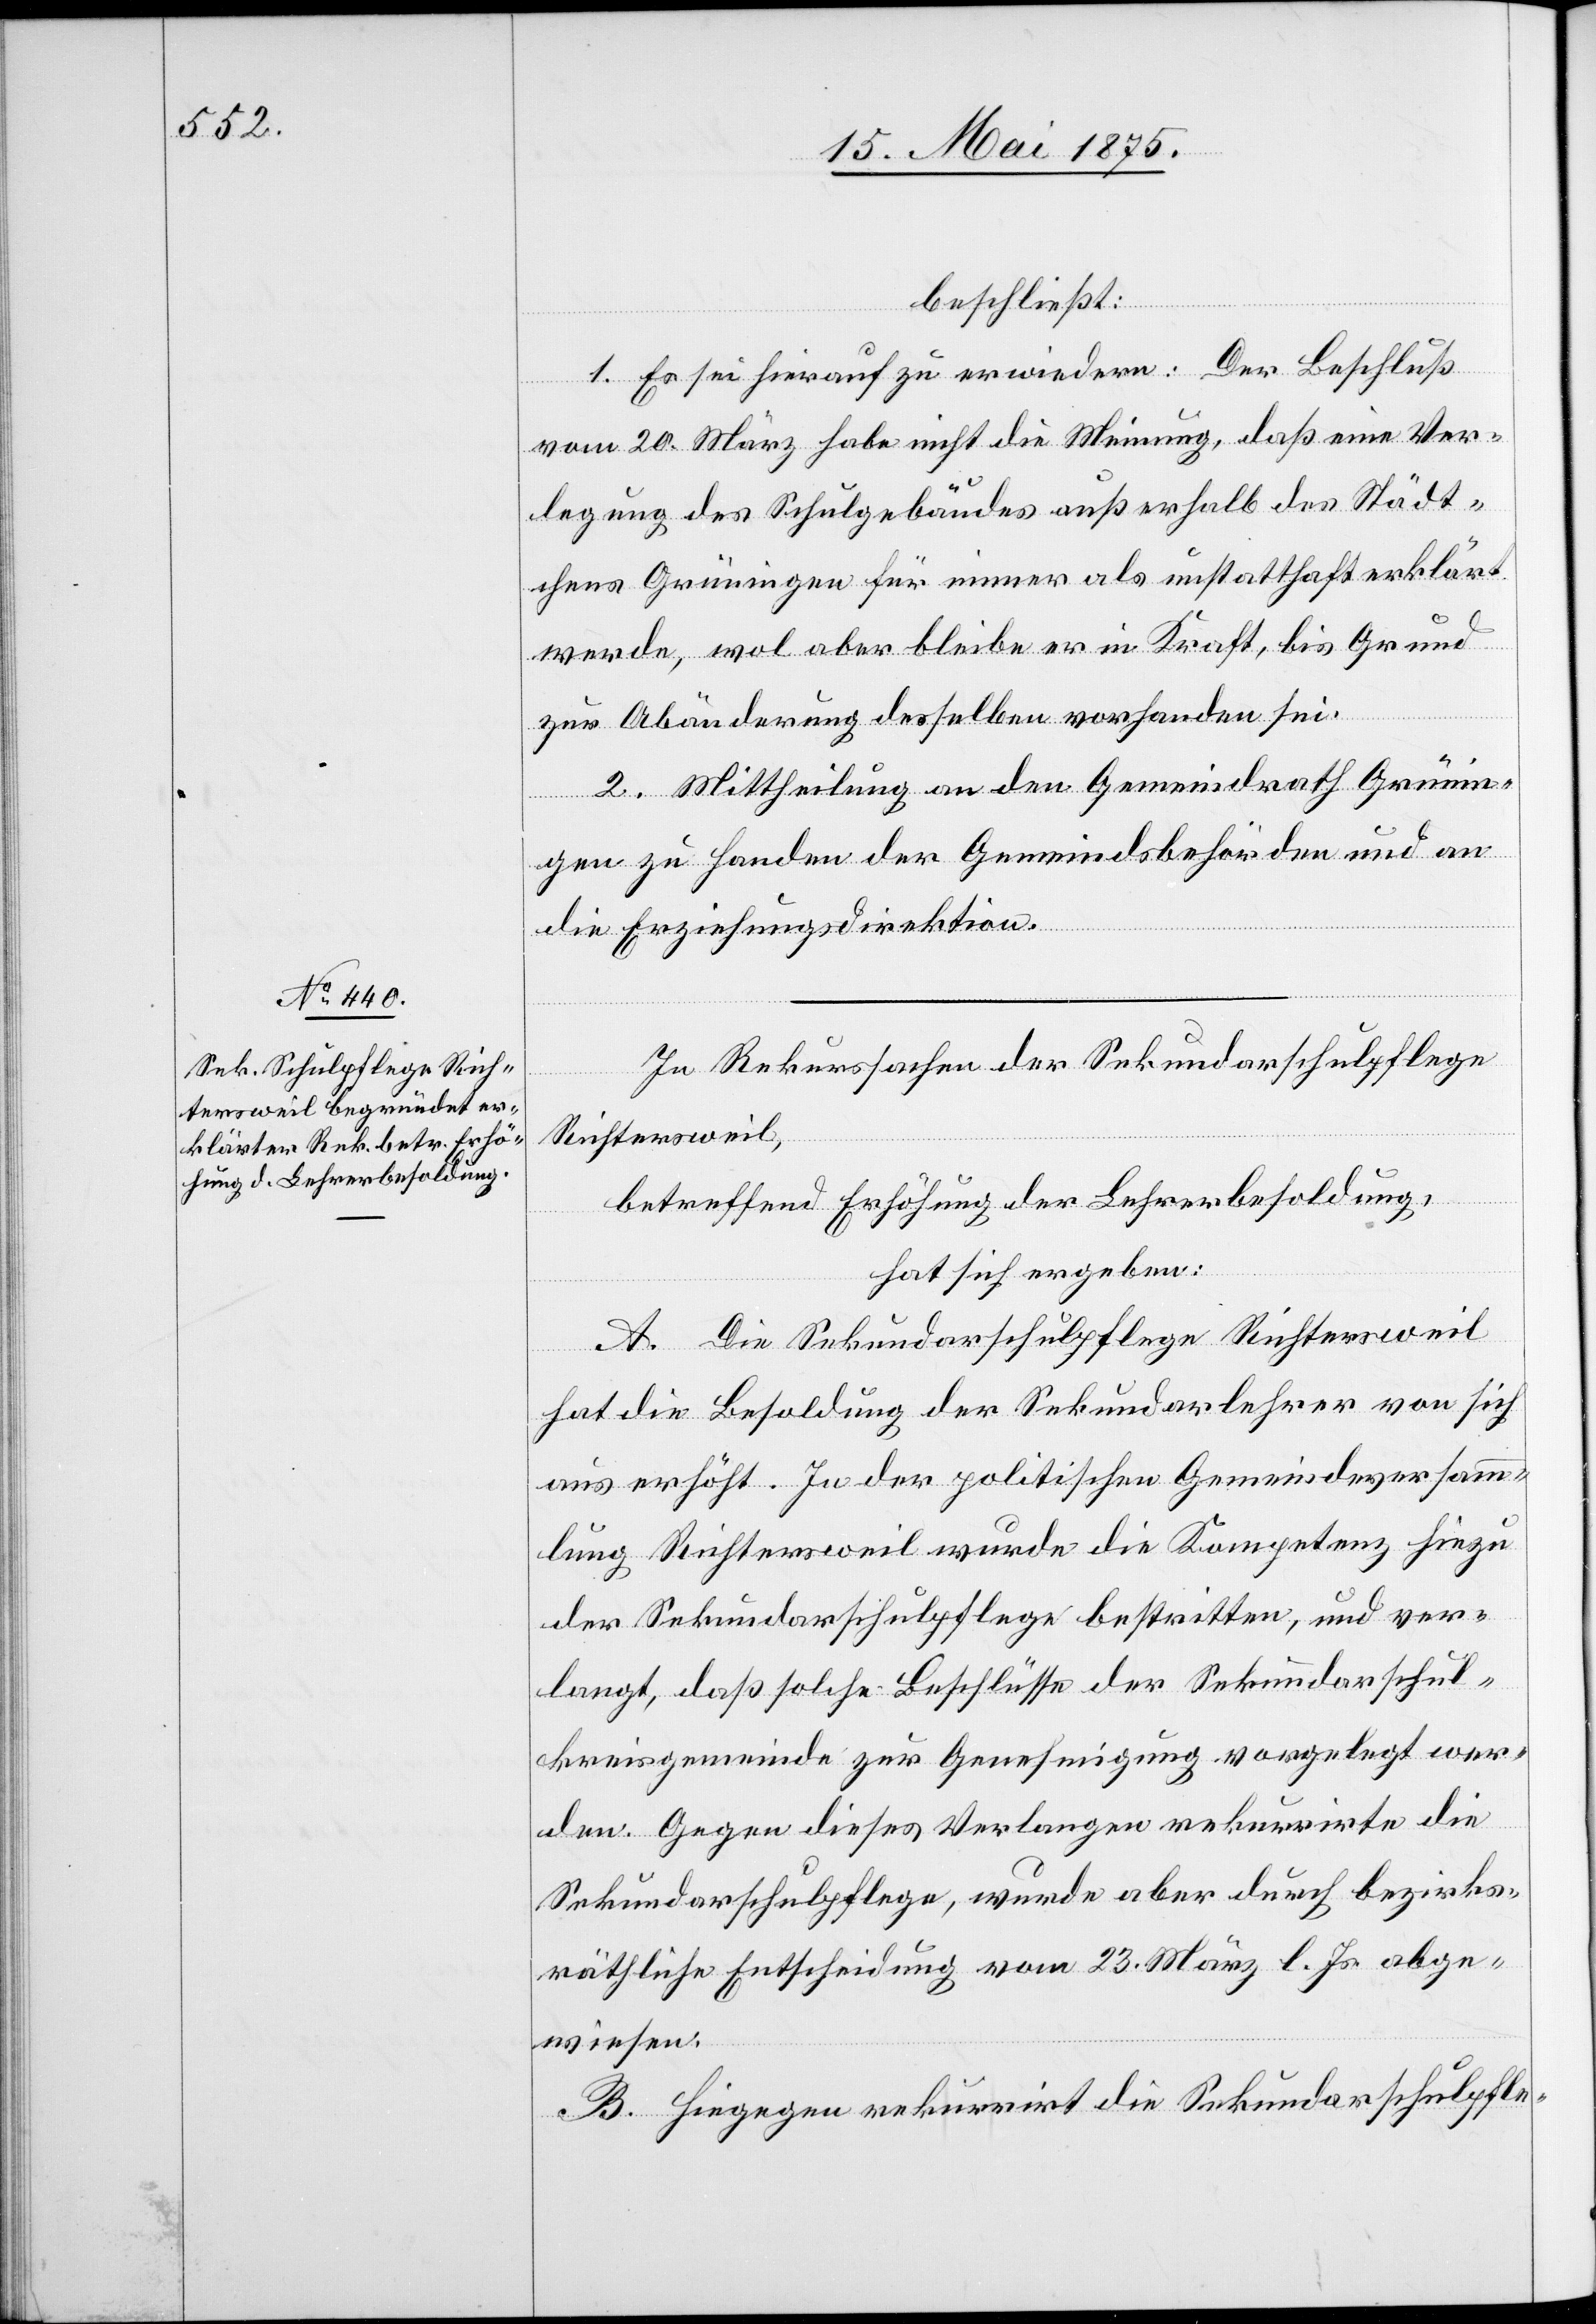
beschließt:
1. Es sei hierauf zu erwiedern: der Beschluß
vom 20. März habe nicht die Meinung, daß eine Ver¬
legung des Schulgebäudes außerhalb des Städt¬
chens Grüningen für immer als unstatthaft erklärt
werde, wol aber bleibe er in Kraft, bis Grund
zur Abänderung desselben vorhanden sei.
2. Mittheilung an den Gemeindrath Grünin¬
gen zu Handen der Gemeindsbehörden und an
die Erziehungsdirektion.
In Rekurssachen der Sekundarschulpflege
Richtersweil,
betreffend Erhöhung der Lehrerbesoldung,
hat sich ergeben:
A. Die Sekundaschulpflege Richtersweil
hat die Besoldung der Sekundarlehrer von sich
aus erhöht. In der politischen Gemeindeversamm¬
lung Richtersweil wurde die Kompetenz hiezu
der Sekundarschulpflege bestritten, und ver¬
langt, daß solche Beschlüsse der Sekundarschul¬
kreisgemeinde zur Genehmigung vorgelegt wer¬
den. Gegen dieses Verlangen rekurrirte die
Sekundarschulpflege, wurde aber durch bezirks¬
räthliche Entscheidung vom 23. März l. Js abge¬
wiesen.
B. Hiegegen rekurrirt die Sekundarschulpfle-